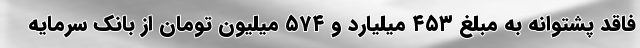
فاقد پشتوانه به مبلغ ۴۵۳ میلیارد و ۵۷۴ میلیون تومان از بانک سرمایه